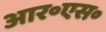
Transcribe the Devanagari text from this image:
आर॰एस॰